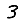
Digit: 3